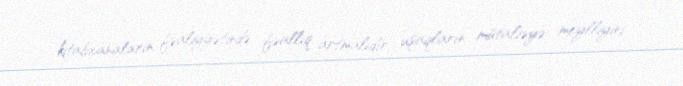
kitabxanaların fəaliyyətində fəallıq artmalıdır, uşaqların mütaliəyə meylliyini